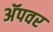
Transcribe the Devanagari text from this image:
अॅपवर